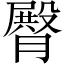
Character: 臀